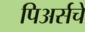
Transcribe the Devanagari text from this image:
पिअर्सचे